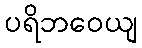
ပရိဘဝေယျ